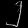
Digit: ၂